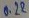
Text: 0.22